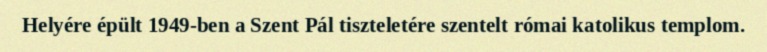
Helyére épült 1949-ben a Szent Pál tiszteletére szentelt római katolikus templom.